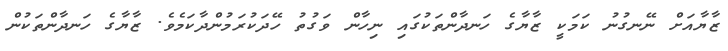
ޒާޔާއަށް ނޭނގުނު ކަމަކީ ޒާޔާގެ ހަނދާންތަކުގައި ނިހާން ވަގުތު ހޭދަކުރަމުންދާކަމެވެ. ޒާޔާގެ ހަނދާންތަކުން